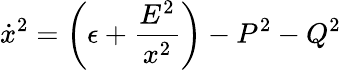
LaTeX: {\dot{x}}^{2}=\left(\epsilon+{\frac{E^{2}}{x^{2}}}\right)-P^{2}-Q^{2}